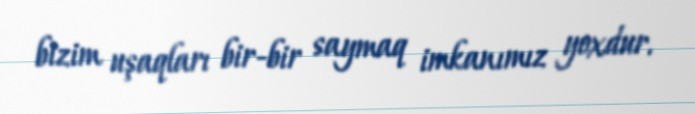
bizim uşaqları bir-bir saymaq imkanımız yoxdur.